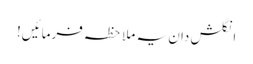
انگلش دان یہ ملاحظہ فرمائیں!